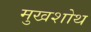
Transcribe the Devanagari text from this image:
मुखशोथ